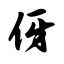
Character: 伢